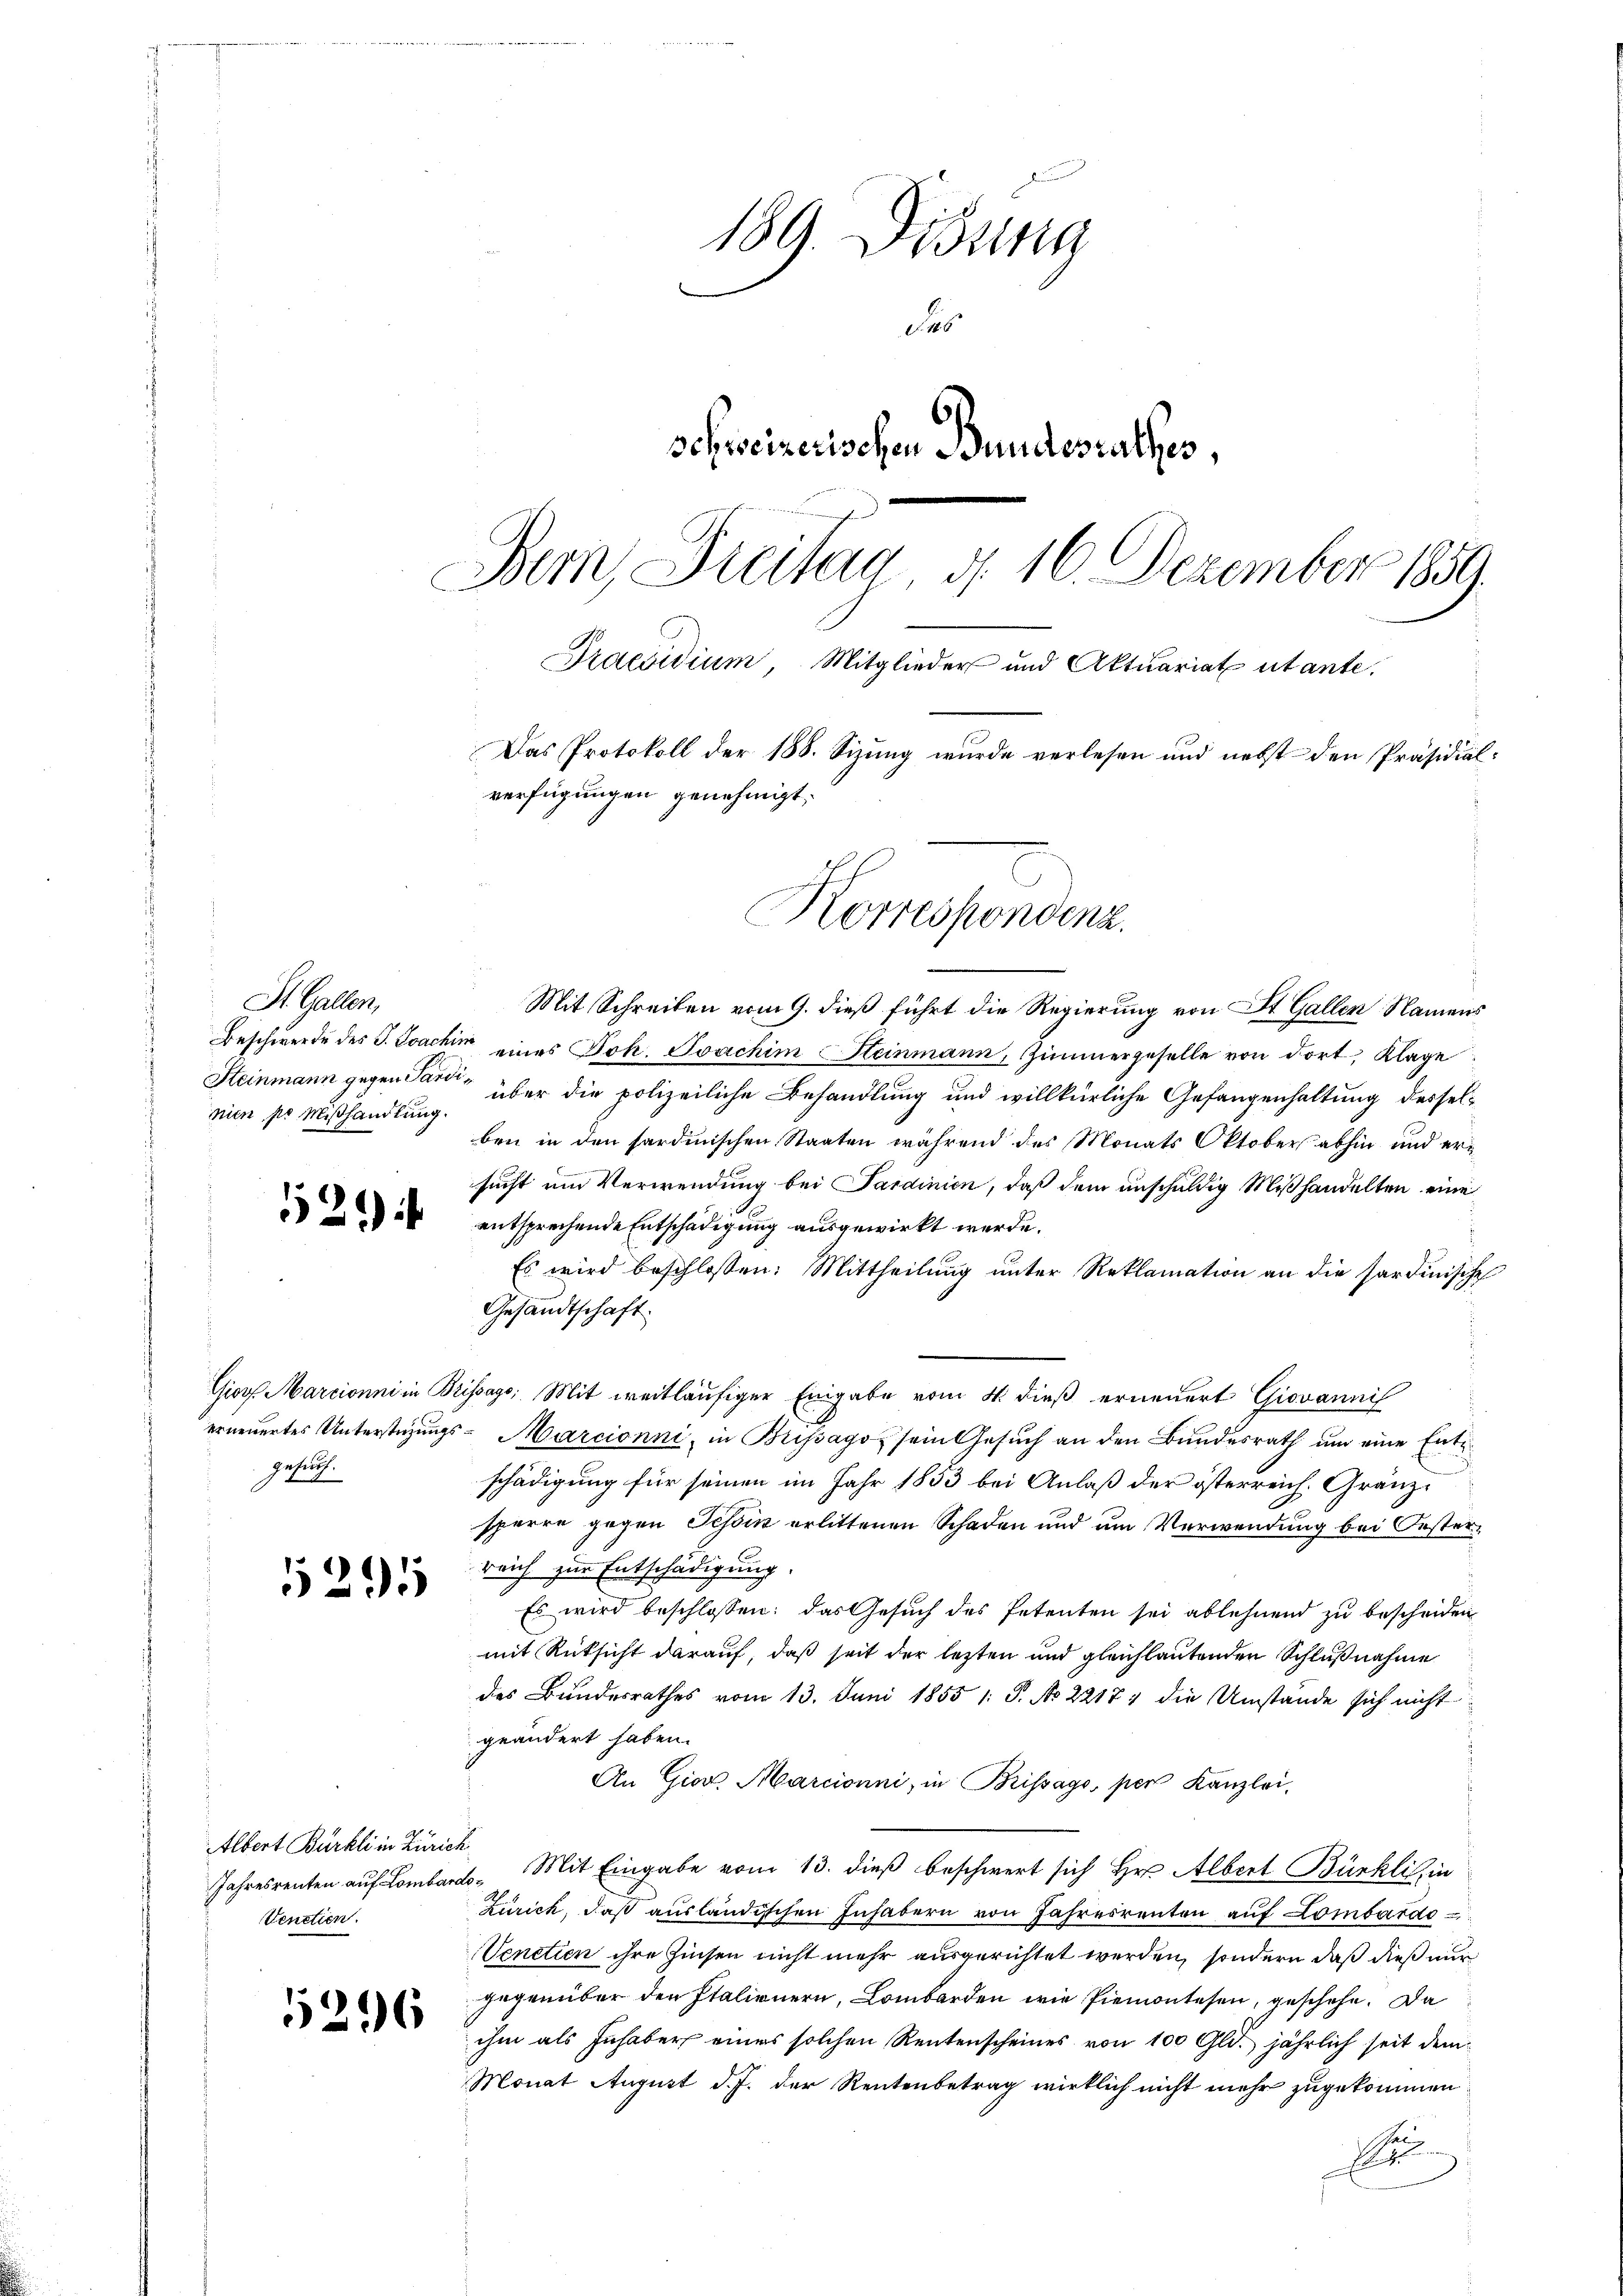
St. Gallen,
nin po Mißhandlung.

294

gesuch.

12

Albert Bürkli in Zürich
Venctien.

1

216

189. Didung
des
schweizerischen Bundesrathes,
Bem, Dreitag d. 16. Dezember 1859.
Praesidium, Mitglieder und Aktuariat utante.
Das Protokoll der 188. Sizung wurde verlesen und nebst den Präsidial-
verfügungen genehmigt.

Korrespondenz.

Mit Schreiben vom 9. dieß führt die Regierung von St. Gallen Namens
Beschwerde des J. Joachin eines Joh. Joachim Steinmann, Zimmergeselle von dort, Klage
Steinmann gegen der über die polizeiliche Behandlung und willkürliche Gefangenhaltung desselben in den sardinischen Staaten während des Monats Oktober abhin und ersucht um Verwendung bei Sardinien, daß dem anschuldig Mißhandelten eine
entsprechende Entschädigung ausgewirkt werde.
Es wird beschlossen: Mittheilŭng ŭnter Reklamation an die sardinische
Gesandtschaft.
Gior. Marcioni in Brissags; Mit weitläufiger Eingabe vom 4. dieß erneuert Giovannis
erneuertes Unterstüzungs-Marcionni, in Bussago sein Gesŭch an den Bundesrath ŭm eine Ente
.
schädigung für seinen im Jahr 1853 bei Anlaß der österreich. Gränzsperre gegen Tessin erlittenen Schaden und um Verwendung bei Oesterreich zur Entschädigung.
Es wird beschlossen: das Gesuch des Petenten sei ablehnend zu bescheiden
mit Rüksicht darauf, daß seit der lezten und gleichlautenden Schlußnahme
des Bundesrathes vom 13. Juni 1855 1: P. No 22177 die Umstände sich nicht
geändert haben.
An Gior. Marcionni, in Brissago, per Kanzlei,
Jahresrenten auf Lombard- Mit Eingabe vom 13. dieβ beschwert sich Hr. Albert Bürkli in
Zürich, daß ausländischen Inhabern von Jahresrenten auf Lombardo
Venetien ihre Zinsen nicht mehr ausgerichtet werden, sondern daß dieß nur
gegenüber den Italienern, Lombarden wie Piemontesen, geschehe. Da
ihm als Inhaber eines solchen Rentenscheines von 100 Gld. jährlich seit dem¬
Monat August d. J. der Rentenbetrag wirklich nicht mehr zugekommen
4
Di